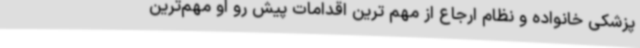
پزشکی خانواده و نظام ارجاع از مهم ترین اقدامات پیش رو او مهم‌ترین